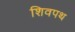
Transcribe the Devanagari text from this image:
शिवपथ